Indian Medical Review
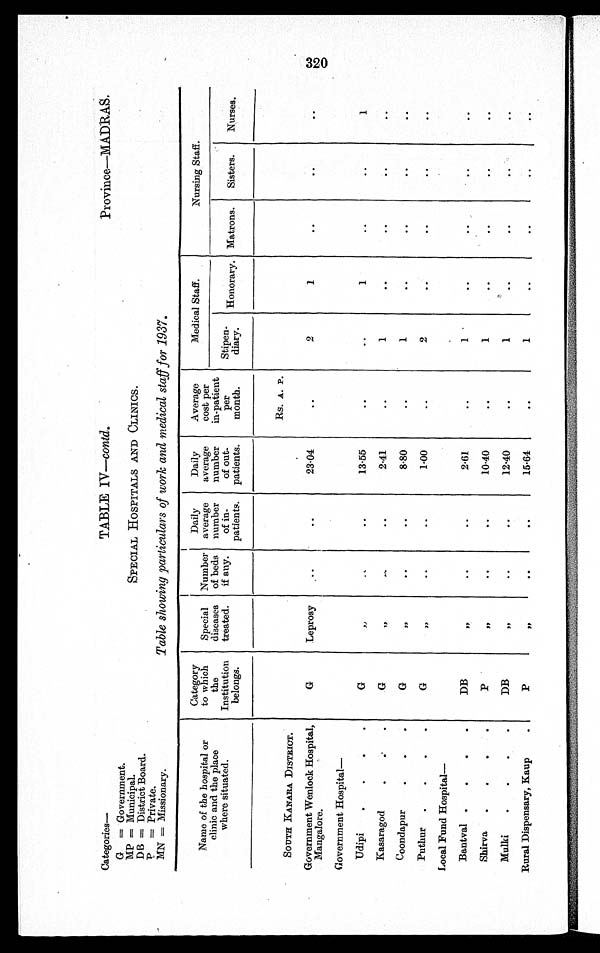
Categories—
TABLE IV—contd.
Province—MADRAS.
G = Government.
MP = Municipal.
SPECIAL HOSPITALS AND CLINICS.
D B =D
i s t r i c t B o a r d .
P = P r i v a t e .
MN = Missionary.
Table showing particulars of work and medical staff for 1937.
Name of the hospital or
clinic and the place
where situated.
Category
to which
the
Institution
belongs.
Special
diseases
treated.
Number
of beds
if any.
Daily
average
number
of in-
patients.
Daily
average
number
of out-
patients.
Average
cost per
in-patient
per
month.
Medical Staff.
Nursing Staff.
Stipen-
diary.
Honorary. Matrons.
Sisters.
Nurses.
Rs. A. P.
SOUTH KANARA DISTRICT.
Government Wenlock Hospital,
Mangalore.
G
Leprosy
..
23·04
..
2
1
. .
Government Hospital
—
Udipi
, ,
..
13·55
..
..
1
..
..
1
Kasaragod
G
, ,
. .
..
2·41
..
1
..
..
..
..
Coondapur
G
, ,
..
..
8·80
..
1
..
..
..
..
Puthur
G
, ,
..
..
1·00
..
2
..
..
..
..
Local Fund Hospital—
Bantval
DB
,,
..
..
2·61
..
1
..
..
..
Shirva
P
, ,
..
..
10·40
..
1
..
..
..
..
Mulki
DB
, ,
..
..
12·40
..
1
..
. .
. .
..
Rural Dispensary, Kaup
P
, ,
. .
..
15·64
. .
1
..
..
..
. .
320